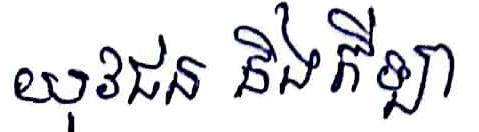
យុវជន និងកីឡា